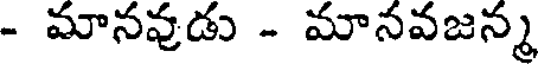
- మానవుడు - మానవజన్మ